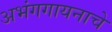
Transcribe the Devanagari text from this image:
अभंगगायनाचे